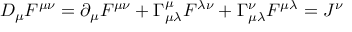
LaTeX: { \cal D } _ { \mu } F ^ { \mu \nu } = \partial _ { \mu } F ^ { \mu \nu } + \Gamma _ { \mu \lambda } ^ { \mu } F ^ { \lambda \nu } + \Gamma _ { \mu \lambda } ^ { \nu } F ^ { \mu \lambda } = { \cal J } ^ { \nu }